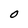
Character: O